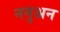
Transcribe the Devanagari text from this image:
ननुअन